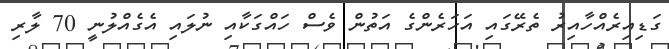
ގަޑިއިރެއްހާއިރު ތެރޭގައި އަހަރެންގެ އަތުން ވެސް ހައްގަކާއި ނުލައި އެގެއްލުނީ 70 ލާރި